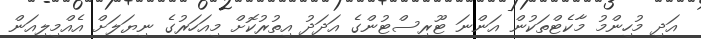
އަދި މުހިންމު މާކެޓްތަކުން އަންނަ ޓޫރިސްޓުންގެ އަދަދު އިތުރުކޮށް މިއަހަރުގެ ނިޔަލަށް އެއްމިލިއަން